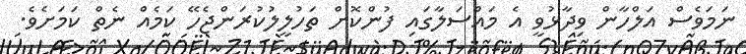
ނަމަވެސް އަލްހާން ވިދާޅުވީ އެ މައްސަލާގައި ފުންކޮށް ތަހުލީލުކުރަންޖެހޭ ކަމެއް ނެތް ކަމަށެވެ.